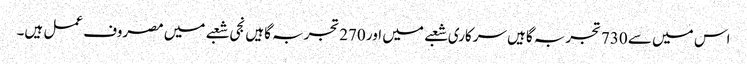
اس میں سے 730تجربہ گاہیں سرکاری شعبے میں اور 270تجربہ گاہیں نجی شعبے میں مصروف عمل ہیں۔